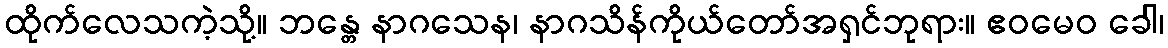
ထိုက်လေသကဲ့သို့။ ဘန္တေ နာဂသေန၊ နာဂသိန်ကိုယ်တော်အရှင်ဘုရား။ ဧဝမေဝ ခေါ၊